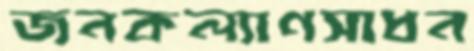
জনকল্যাণসাধন